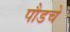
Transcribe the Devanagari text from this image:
पौडचे